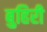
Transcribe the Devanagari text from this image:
बुहिरी